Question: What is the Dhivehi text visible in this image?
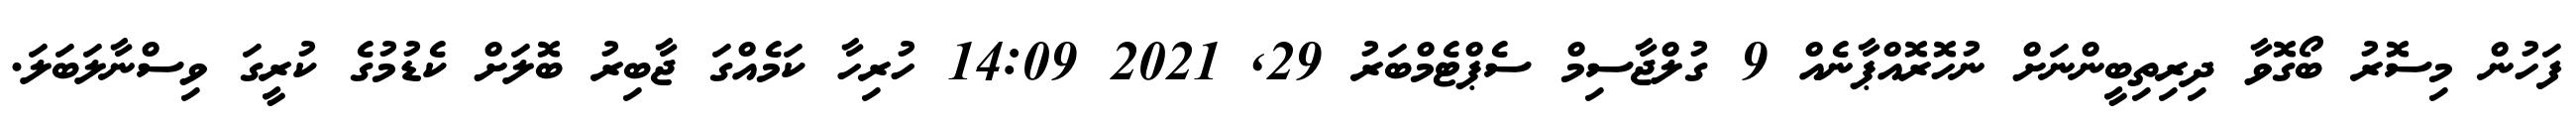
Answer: ފަހުން މިސޮރު ބޯގޮވާ ދިރިތިބީންނަށް ނުހޮރޮއްޕާނެއް 9 ގުލްޖާސިމް ސެޕްޓެމްބަރު 29, 2021 14:09 ހުރިހާ ކަމެއްގަ ޖާބިރު ބޮލަށް ކެޑުމުގެ ކުރީގަ ވިސްނާލަބަލަ.